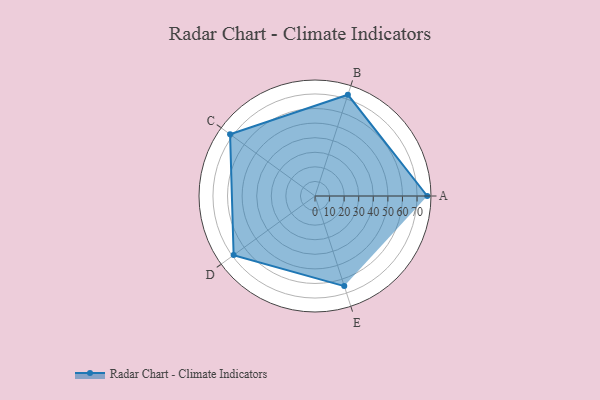
{"axis": {"x": "Skill", "y": "Score"}, "legend": ["Profile"], "data": [{"x": "A", "y": 77.0, "type": "Profile"}, {"x": "B", "y": 73.0, "type": "Profile"}, {"x": "C", "y": 72.0, "type": "Profile"}, {"x": "D", "y": 69.0, "type": "Profile"}, {"x": "E", "y": 65.0, "type": "Profile"}]}